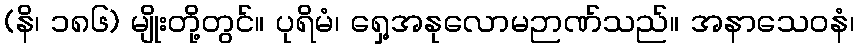
(နိ၊ ၁၈၆) မျိုးတို့တွင်။ ပုရိမံ၊ ရှေ့အနုလောမဉာဏ်သည်။ အနာသေဝနံ၊